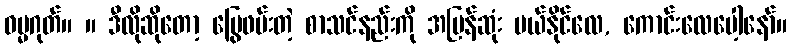
ဓမ္မဂုတ်။ ။ ဒီလိုဆိုတော့ မြွေဖမ်းတဲ့ စာသင်နည်းကို အမြန်ဆုံး ပယ်နိုင်လေ, ကောင်းလေပေါ့နော်။